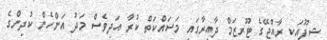
ޝިފޫއަކީ ރާއްޖޭގެ ޓޫރިޒަމް ދާއިރާގައި މަސައްކަތް ކުރާ އަދިވެސް މަދު އަންހެން ކުދިންގެ